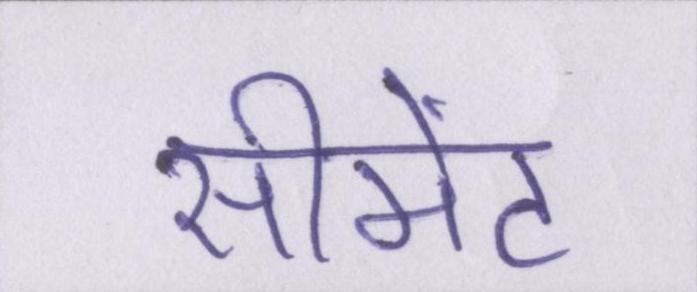
सीमेंट